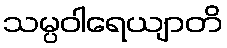
သမ္ပဝါရေယျာတိ